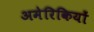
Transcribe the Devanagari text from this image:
अमेरिकियों